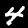
Label: 4